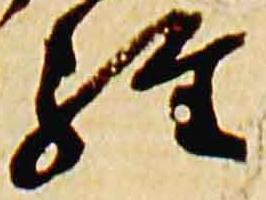
経